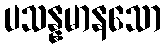
ပသန္နမာနသော